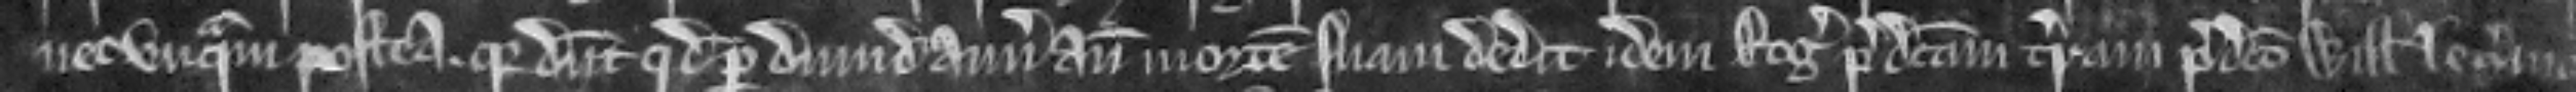
nec unquam postea quia dicunt quod per dimidium annum ante mortem suam dedit idem Rogerus predictam terram predicto Willelmo le Sermoner et